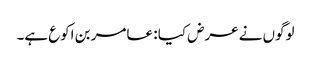
لوگوں نے عرض کیا : عامر بن اکوع ہے۔